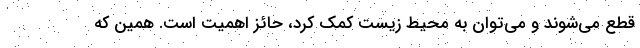
قطع می‌شوند و می‌توان به محیط زیست کمک کرد، حائز اهمیت است. همین که